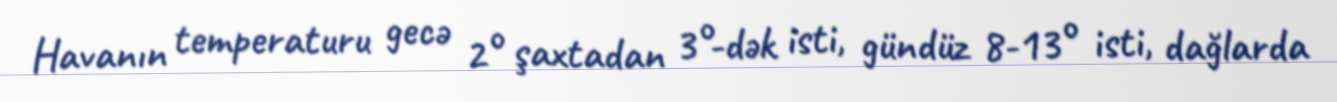
Havanın temperaturu gecə 2° şaxtadan 3°-dək isti, gündüz 8-13° isti, dağlarda